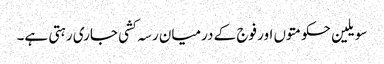
سویلین حکومتوں اور فوج کے درمیان رسہ کشی جاری رہتی ہے۔